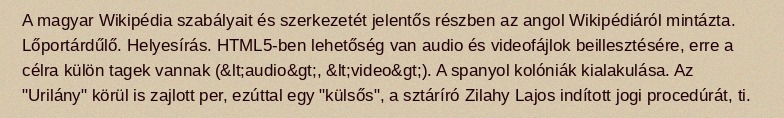
A magyar Wikipédia szabályait és szerkezetét jelentős részben az angol Wikipédiáról mintázta. Lőportárdűlő. Helyesírás. HTML5-ben lehetőség van audio és videofájlok beillesztésére, erre a célra külön tagek vannak (&lt;audio&gt;, &lt;video&gt;). A spanyol kolóniák kialakulása. Az "Urilány" körül is zajlott per, ezúttal egy "külsős", a sztáríró Zilahy Lajos indított jogi procedúrát, ti.